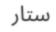
ستار